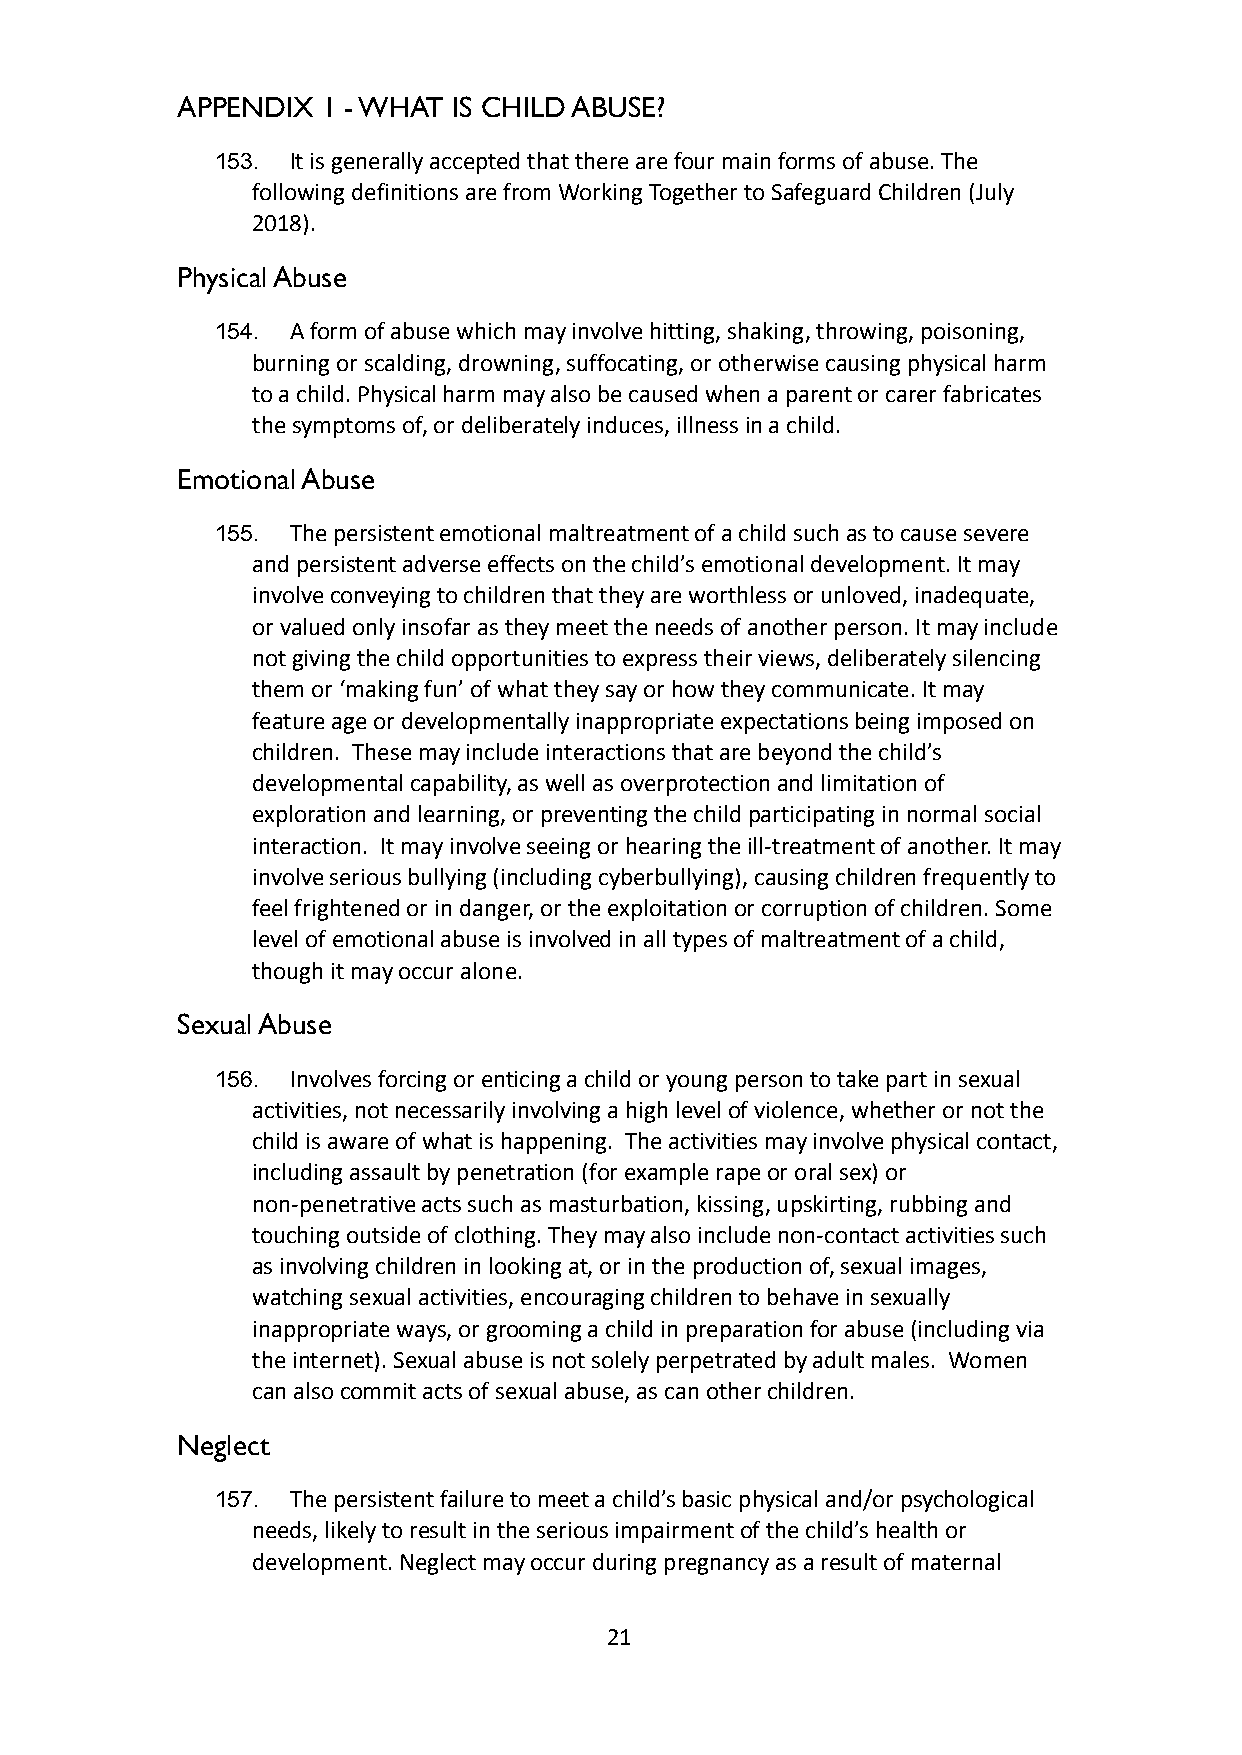
APPENDIX 1 - WHAT IS CHILD ABUSE?
 153. It is generally accepted that there are four mainforms of abuse. The
 following definitions are from Working Together toSafeguard Children (July
 2018).
 Physical Abuse
 154. A form of abuse which may involve hitting, shaking,throwing, poisoning,
 burning or scalding, drowning, suffocating, or otherwisecausing physical harm
 to a child. Physical harm may also be caused whena parent or carer fabricates
 the symptoms of, or deliberately induces, illnessin a child.
 Emotional Abuse
 155. The persistent emotional maltreatment of a child suchas to cause severe
 and persistent adverse effects on the child’s emotionaldevelopment. It may
 involve conveying to children that they are worthlessor unloved, inadequate,
 or valued only insofar as they meet the needs of anotherperson. It may include
 not giving the child opportunities to express theirviews, deliberately silencing
 them or ‘making fun’ of what they say or how theycommunicate. It may
 feature age or developmentally inappropriate expectationsbeing imposed on
 children. These may include interactions that arebeyond the child’s
 developmental capability, as well as overprotectionand limitation of
 exploration and learning, or preventing the childparticipating in normal social
 interaction. It may involve seeing or hearing theill-treatment of another. It may
 involve serious bullying (including cyberbullying),causing children frequently to
 feel frightened or in danger, or the exploitationor corruption of children. Some
 level of emotional abuse is involved in all typesof maltreatment of a child,
 though it may occur alone.
 Sexual Abuse
 156. Involves forcing or enticing a child or young personto take part in sexual
 activities, not necessarily involving a high levelof violence, whether or not the
 child is aware of what is happening. The activitiesmay involve physical contact,
 including assault by penetration (for example rapeor oral sex) or
 non-penetrative acts such as masturbation, kissing,upskirting, rubbing and
 touching outside of clothing. They may also includenon-contact activities such
 as involving children in looking at, or in the productionof, sexual images,
 watching sexual activities, encouraging children tobehave in sexually
 inappropriate ways, or grooming a child in preparationfor abuse (including via
 the internet). Sexual abuse is not solely perpetratedby adult males. Women
 can also commit acts of sexual abuse, as can otherchildren.
 Neglect
 157. The persistent failure to meet a child’s basic physicaland/or psychological
 needs, likely to result in the serious impairmentof the child’s health or
 development. Neglect may occur during pregnancy asa result of maternal
 21